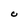
Character: C